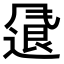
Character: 𫗂